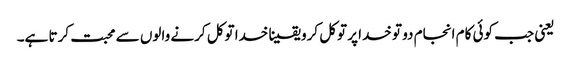
‌ یعنی جب کوئی کام انجام دو تو خدا پر توکل کرو یقینا خدا توکل کرنے والوں سے محبت کرتا ہے۔